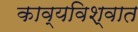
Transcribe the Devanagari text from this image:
काव्यविश्वात